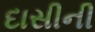
દાસીની